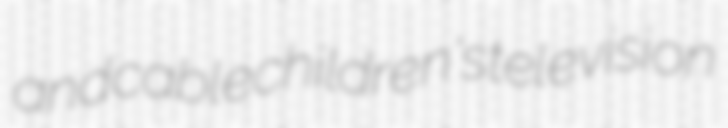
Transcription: and cable children's television